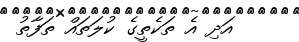
އަދި އެ ތަކެތީގެ ކުލަތައް ތަފާތު